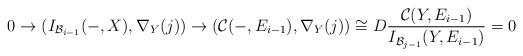
LaTeX: \begin{align*}0\rightarrow(I_{\mathcal{B}_{i-1}}(-,X),\nabla_Y(j))\rightarrow(\mathcal{C}(-,E_{i-1}),\nabla_Y(j))\cong D\frac{\mathcal{C}(Y,E_{i-1})}{I_{\mathcal{B}_{j-1}}(Y,E_{i-1})}=0\end{align*}